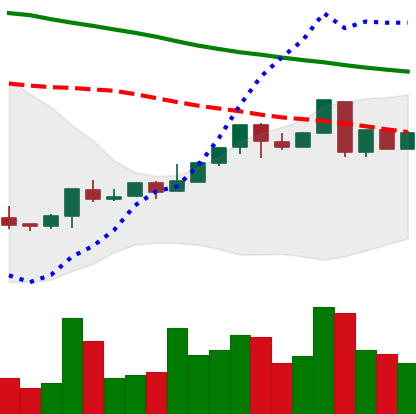
Ticker: LTC-USD
Chart end date: 2018-04-28
Forward return: 6.017%
Label: up_5_7